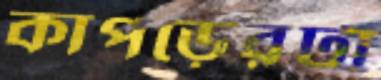
কাপড়েরটা